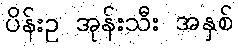
ပိန်းဥ အုန်းသီး အနှစ်